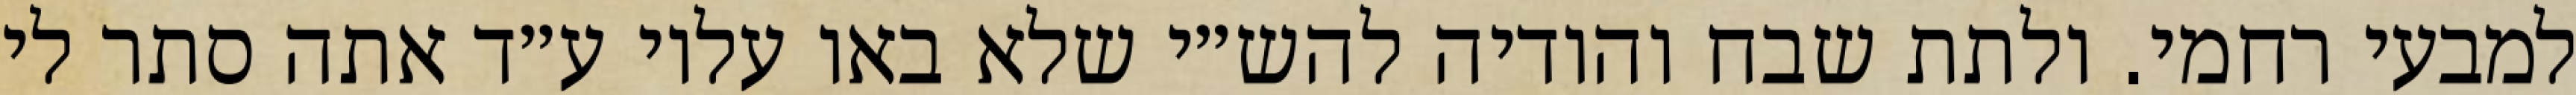
למבעי רחמי. ולתת שבח והודיה להש״י שלא באו עליו ע״ד אתה סתר לי